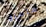
ستسرق